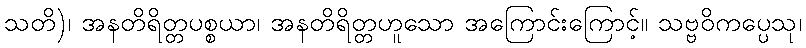
သတိ)၊ အနတိရိတ္တပစ္စယာ၊ အနတိရိတ္တဟူသော အကြောင်းကြောင့်။ သဗ္ဗဝိကပ္ပေသု၊